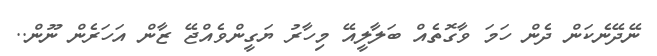
ނޭދޭނެކަން ދެން ހަމަ ވާގޮތެއް ބަލާލީއޭ މިހާރު ޔަގީންވެއްޖޭ ޒާން އަހަރެން ނޫންް..